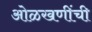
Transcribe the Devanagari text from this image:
ओळखणींची